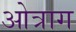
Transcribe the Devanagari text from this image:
ओत्राग